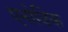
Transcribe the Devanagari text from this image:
एनोडिक